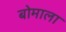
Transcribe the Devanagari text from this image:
बोमाला